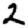
Digit: 2